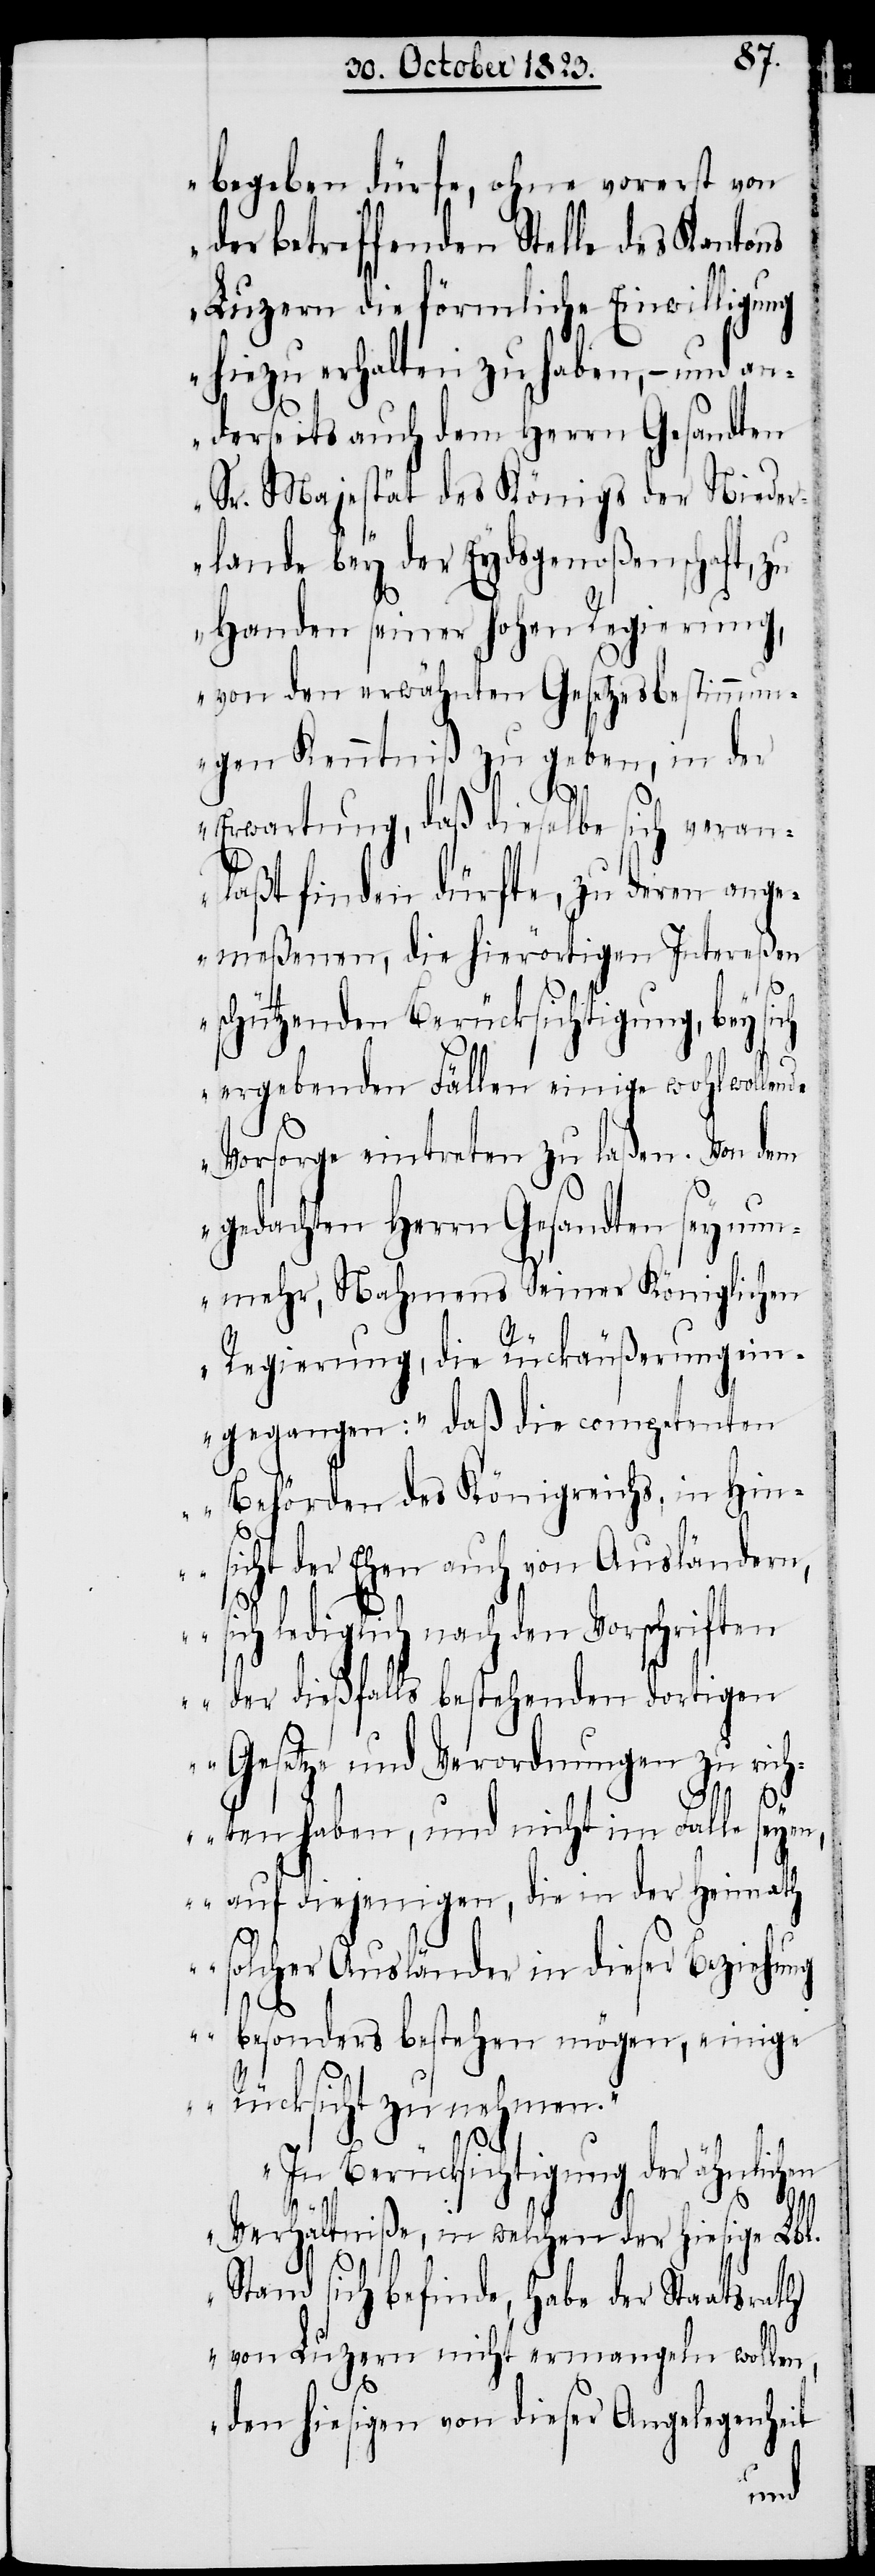
begeben dürfe, ohne vorerst von
der betreffenden Stelle des Kantons
Luzern die förmliche Einwilligung
hiezu erhalten zu haben, − und an¬
derseits auch dem Herrn Gesandten
Sr. Majestät des Königs der Nieder¬
lande bey der Eydsgenoßenschaft, zu
Handen seiner hohen Regierung,
von den erwähnten Gesetzesbestimmu¬
ngen Kenntniß zu geben, in der
Erwartung, daß dieselbe sich veran¬
laßt finden dürfte, zu deren ange¬
meßenen, die hierörtigen Intereßen
schützenden Berücksichtigung, bey
sich
ergebenden Fällen einige wohlwollende
Vorsorge eintreten zu laßen. Von dem
gedachten Herrn Gesandten sey nun¬
mehr, Nahmens Seiner Königlichen
Regierung, die Rückäußerung ein¬
gegangen: „daß die competenten
Behörden des Königreichs, in Hin¬
sicht der Ehen auch von Ausländern,
sich lediglich nach den Vorschriften
der dießfalls bestehenden dortigen
Gesetze und Verordnungen zu rich¬
ten haben, und nicht im Falle seyen,
auf diejenigen, die in der Heimath
solcher Ausländer in dieser Beziehung
besonders bestehen mögen, einige
Rücksicht zu nehmen.“
In Berücksichtigung der ähnlichen
Verhältniße, in welchen der hiesige Lbl.
Stand sich befinde, habe der Staatsrath
von Luzern nicht ermangeln wollen,
den hiesigen von dieser Angelegenheit